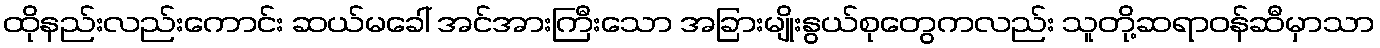
ထိုနည်းလည်းကောင်း ဆယ်မခေါ် အင်အားကြီးသော အခြားမျိုးနွယ်စုတွေကလည်း သူတို့ဆရာဝန်ဆီမှာသာ